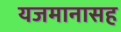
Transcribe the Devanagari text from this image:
यजमानासह